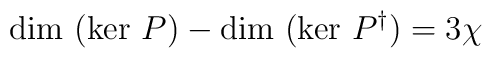
\mbox{dim }(\mbox{ker } P) - \mbox{dim }(\mbox{ker }P^{\dag}) = 3  \chi